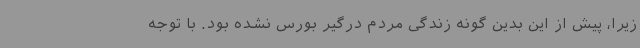
زیرا، پیش از این بدین گونه زندگی مردم درگیر بورس نشده بود. با توجه